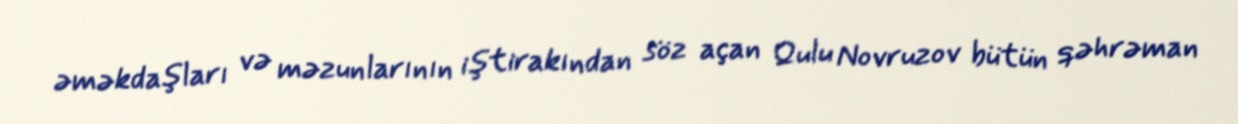
əməkdaşları və məzunlarının iştirakından söz açan Qulu Novruzov bütün qəhrəman